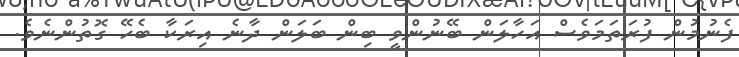
ފެނުމުން ފުރަތަމަވެސް އަހާލަން ބޭނުންވީ ބިން ބަލަން ދާނެ އިރަކާ ބެހޭ ގޮތުންނެވެ.